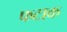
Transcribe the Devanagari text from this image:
फटाक